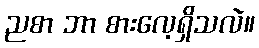
ညစာ ဘာ စားလေ့ရှိသလဲ။